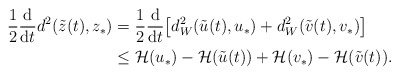
\begin{align*}\frac{1}{2}\frac{\mathrm{d}}{\mathrm{d}t}d^2(\tilde{z}(t),z_*)& =\frac{1}{2}\frac{\mathrm{d}}{\mathrm{d}t}\big[d_W^2(\tilde{u}(t),u_*)+d_W^2(\tilde{v}(t),v_*)\big]\\&\leq \mathcal{H}(u_*)-\mathcal{H}(\tilde{u}(t))+\mathcal{H}(v_*)-\mathcal{H}(\tilde{v}(t)).\end{align*}